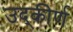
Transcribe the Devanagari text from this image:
उद्कीर्ण